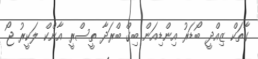
ގާތަކް ޒިއްދީ ބޯޑަރު އިންޑިއަން ބިގް ބްރަދާ ތީސްރީ އާންކް ލަކީރު ޖޯ